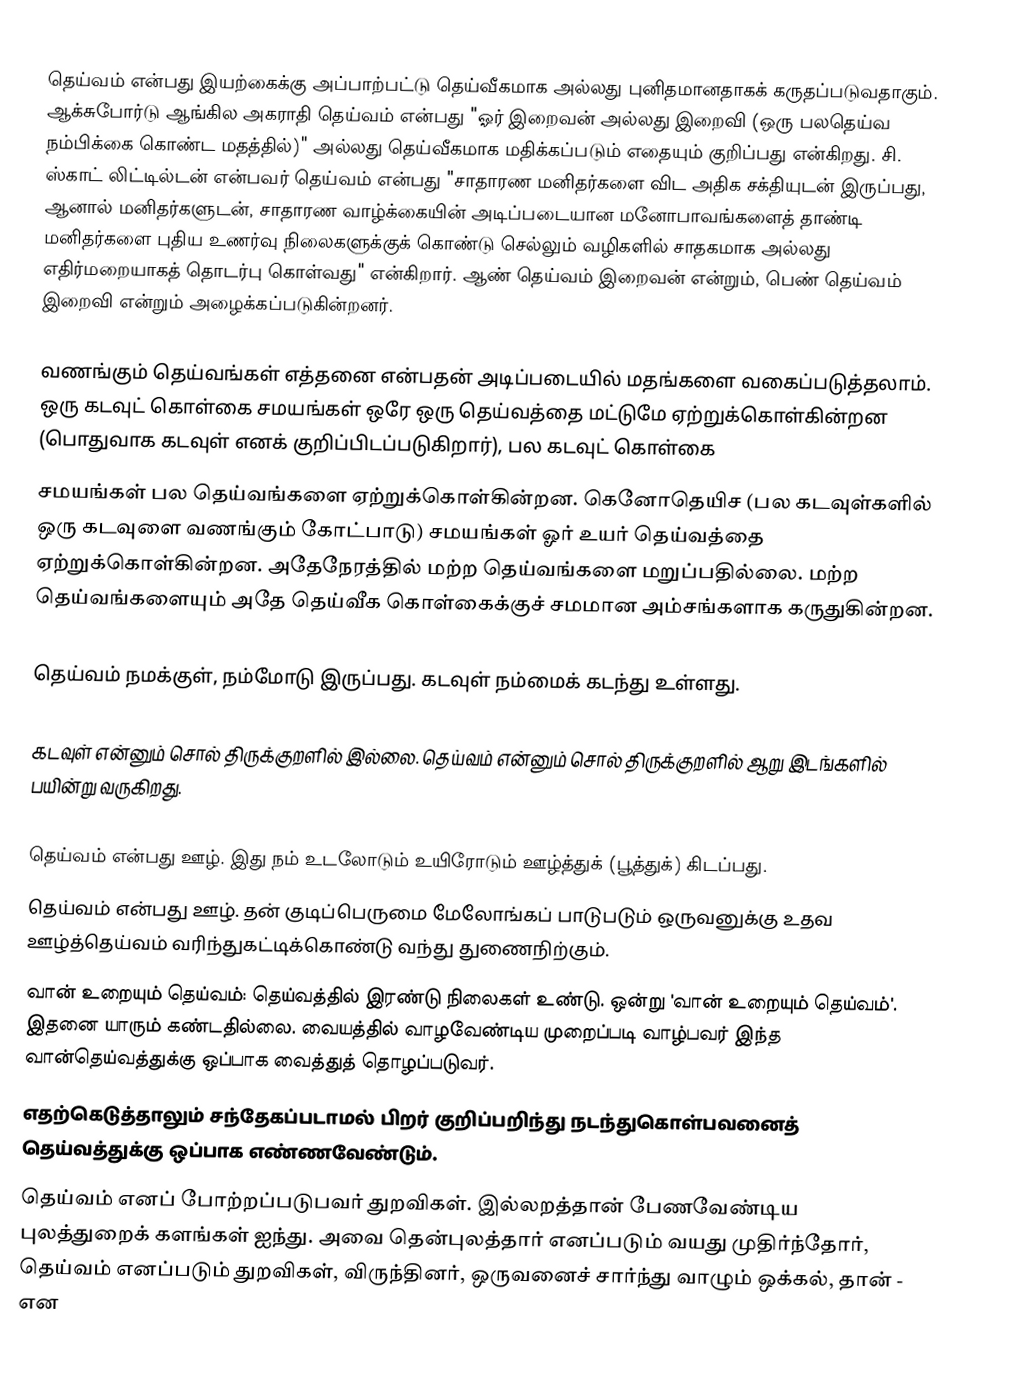
தெய்வம் என்பது இயற்கைக்கு அப்பாற்பட்டு தெய்வீகமாக அல்லது புனிதமானதாகக் கருதப்படுவதாகும். ஆக்சுபோர்டு ஆங்கில அகராதி தெய்வம் என்பது "ஓர் இறைவன் அல்லது இறைவி (ஒரு பலதெய்வ நம்பிக்கை கொண்ட மதத்தில்)" அல்லது தெய்வீகமாக மதிக்கப்படும் எதையும் குறிப்பது என்கிறது. சி. ஸ்காட் லிட்டில்டன் என்பவர் தெய்வம் என்பது "சாதாரண மனிதர்களை விட அதிக சக்தியுடன் இருப்பது, ஆனால் மனிதர்களுடன், சாதாரண வாழ்க்கையின் அடிப்படையான மனோபாவங்களைத் தாண்டி மனிதர்களை புதிய உணர்வு நிலைகளுக்குக் கொண்டு செல்லும் வழிகளில் சாதகமாக அல்லது எதிர்மறையாகத் தொடர்பு கொள்வது" என்கிறார். ஆண் தெய்வம் இறைவன் என்றும், பெண் தெய்வம் இறைவி என்றும் அழைக்கப்படுகின்றனர். 

வணங்கும் தெய்வங்கள் எத்தனை என்பதன் அடிப்படையில் மதங்களை வகைப்படுத்தலாம். ஒரு கடவுட் கொள்கை சமயங்கள் ஒரே ஒரு தெய்வத்தை மட்டுமே ஏற்றுக்கொள்கின்றன (பொதுவாக கடவுள் எனக் குறிப்பிடப்படுகிறார்), பல கடவுட் கொள்கை
சமயங்கள் பல தெய்வங்களை ஏற்றுக்கொள்கின்றன. கெனோதெயிச (பல கடவுள்களில் ஒரு கடவுளை வணங்கும் கோட்பாடு)  சமயங்கள் ஓர் உயர் தெய்வத்தை ஏற்றுக்கொள்கின்றன. அதேநேரத்தில் மற்ற தெய்வங்களை மறுப்பதில்லை. மற்ற தெய்வங்களையும் அதே தெய்வீக கொள்கைக்குச் சமமான அம்சங்களாக கருதுகின்றன.

தெய்வம் நமக்குள், நம்மோடு இருப்பது. கடவுள் நம்மைக் கடந்து உள்ளது.

கடவுள் என்னும் சொல் திருக்குறளில் இல்லை. தெய்வம் என்னும் சொல் திருக்குறளில் ஆறு இடங்களில் பயின்று வருகிறது.

 தெய்வம் என்பது ஊழ். இது நம் உடலோடும் உயிரோடும் ஊழ்த்துக் (பூத்துக்)  கிடப்பது.
 தெய்வம் என்பது ஊழ். தன் குடிப்பெருமை மேலோங்கப் பாடுபடும் ஒருவனுக்கு உதவ ஊழ்த்தெய்வம் வரிந்துகட்டிக்கொண்டு வந்து துணைநிற்கும்.
 வான் உறையும் தெய்வம்: தெய்வத்தில் இரண்டு நிலைகள் உண்டு. ஒன்று 'வான் உறையும் தெய்வம்'. இதனை யாரும் கண்டதில்லை. வையத்தில் வாழவேண்டிய முறைப்படி வாழ்பவர் இந்த வான்தெய்வத்துக்கு ஒப்பாக வைத்துத் தொழப்படுவர்.
 எதற்கெடுத்தாலும் சந்தேகப்படாமல் பிறர் குறிப்பறிந்து நடந்துகொள்பவனைத் தெய்வத்துக்கு ஒப்பாக எண்ணவேண்டும்.
 தெய்வம் எனப் போற்றப்படுபவர் துறவிகள். இல்லறத்தான் பேணவேண்டிய புலத்துறைக் களங்கள் ஐந்து. அவை தென்புலத்தார் எனப்படும் வயது முதிர்ந்தோர், தெய்வம் எனப்படும் துறவிகள், விருந்தினர், ஒருவனைச் சார்ந்து வாழும் ஒக்கல், தான் - என